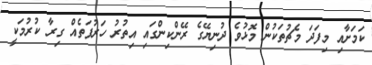
ކަމަށާއި މިފަދަ މެޗުތަކުން މޮޅުވެ ދުނިޔޭގެ ރޭންކިންގައި އިތުރު ހަރުފަތެއް ގިރާ ކުރުމަކީ